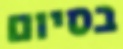
בסיום